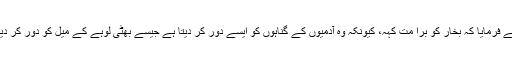
آپﷺ نے فرمایا کہ بخار کو بُرا مت کہہ، کیونکہ وہ آدمیوں کے گناہوں کو ایسے دور کر دیتا ہے جیسے بھٹی لوہے کے میل کو دور کر دیتی ہے۔